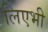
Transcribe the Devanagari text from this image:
लिएभी